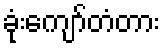
ခုံးကျော်တံတား